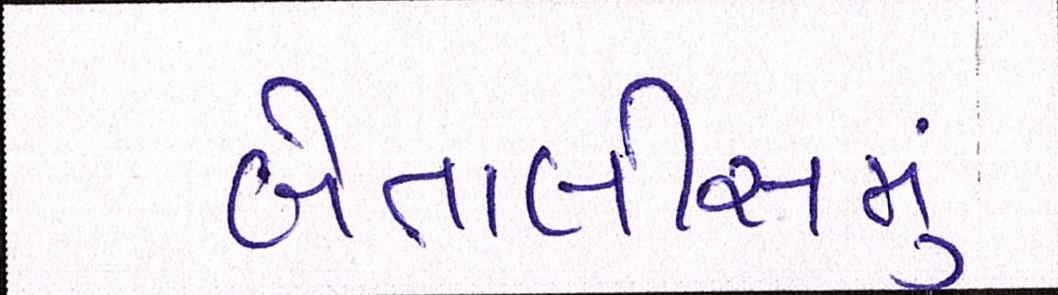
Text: બેતાલીસમું